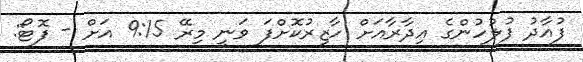
ފުއާދު ފުލުހުންގެ އިދާރާއަށް ހާޒިރުކޮށްފަ ވަނީ މިރޭ 9:15 އަށް - ފޮޓޯ: